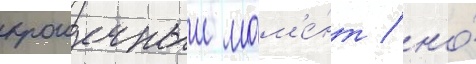
крошечныи мом'е́нт / но́